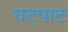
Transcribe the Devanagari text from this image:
घटपाट